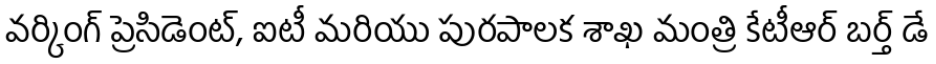
వర్కింగ్ ప్రెసిడెంట్, ఐటీ మరియు పురపాలక శాఖ మంత్రి కేటీఆర్ బర్త్ డే